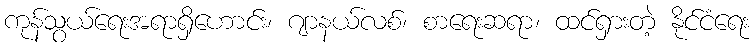
ကုန်သွယ်ရေးအရာရှိဟောင်း၊ ဂျာနယ်လစ်၊ စာရေးဆရာ၊ ထင်ရှားတဲ့ နိုင်ငံရေး